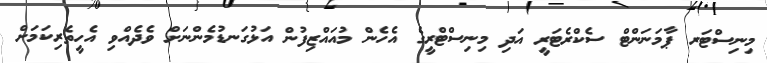
މިނިސްޓަރ ޕާމަނަންޓް ސެކްރެޓަރީ އަދި މިނިސްޓްރީގެ އެހެން މުއައްޒިފުން އަޅުގަނޑުމެންނަށް ވެދެއްވި އެހީތެރިކަމަށް